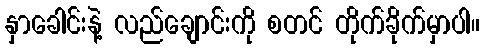
နှာခေါင်းနဲ့ လည်ချောင်းကို စတင် တိုက်ခိုက်မှာပါ။